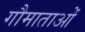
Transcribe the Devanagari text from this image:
गौमाताओं